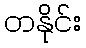
တနိုင်း